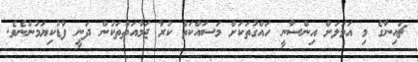
ޗައިނާގެ މި އަމަލަށް އިންސާނީ ހައްގުތަކަށް މަސައްކަތް ކުރާ ޖަމާއަތްތަކުން ދަނީ ފާޑުކިޔަމުންނެވެ.